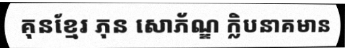
គុនខ្មែរ ភុន សោភ័ណ្ឌ ក្លិបនាគមាន